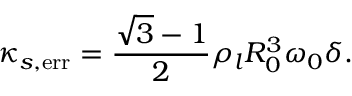
\kappa _ { s , \mathrm { e r r } } = \frac { \sqrt { 3 } - 1 } { 2 } \rho _ { l } R _ { 0 } ^ { 3 } \omega _ { 0 } \delta .